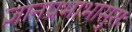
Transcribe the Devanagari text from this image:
ज्ञानप्रभाभासुराः